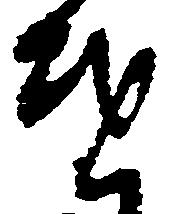
を